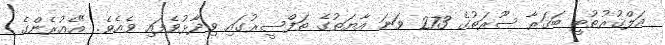
އަލްޤުރުޠުބީ ބަޤަރާ ސޫރަތުގެ 273 ވަނަ އާޔަތުގެ ތަފްސީރުގައި ވިދާޅުވެފައި ވެއެވެ. "އެއުރެންގެ